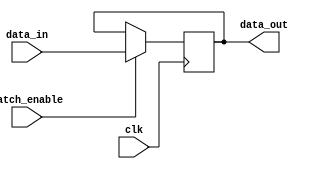
module latch (
    input wire clk,
    input wire latch_enable,
    input wire data_in,
    output reg data_out
);

always @ (posedge clk) begin
    if (latch_enable) begin
        data_out <= data_in;
    end
end

endmodule